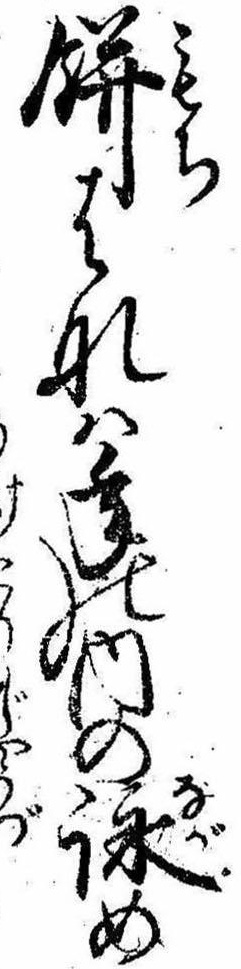
餅はなは年の内の詠め